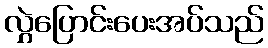
လွှဲပြောင်းပေးအပ်သည်